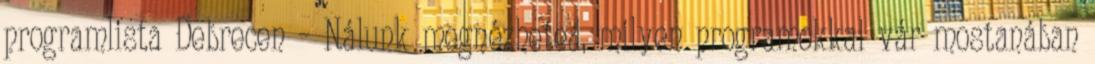
programlista Debrecen – Nálunk megnézheted, milyen programokkal vár mostanában